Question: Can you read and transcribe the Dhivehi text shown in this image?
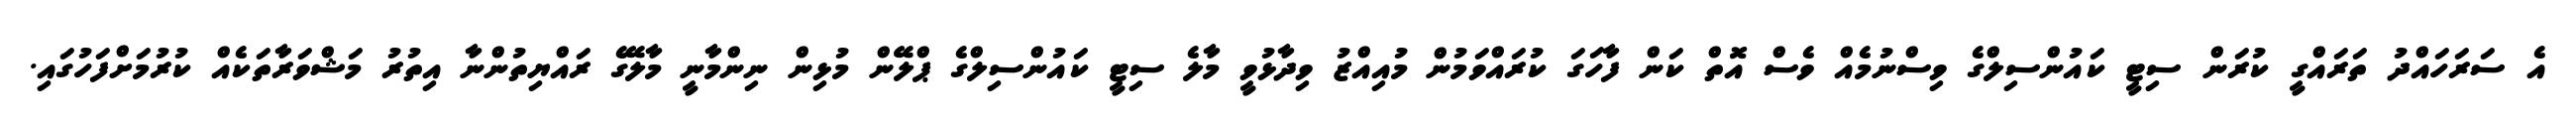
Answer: އެ ސަރަހައްދު ތަރައްގީ ކުރަން ސިޓީ ކައުންސިލްގެ ވިސްނުމެއް ވެސް އޮތް ކަން ފާހަގަ ކުރައްވަމުން މުއިއްޒު ވިދާޅުވީ މާލެ ސިޓީ ކައުންސިލްގެ ޕްލޭން މުޅިން ނިންމާނީ މާލޭގެ ރައްޔިތުންނާ އިތުރު މަޝްވަރާތަކެއް ކުރުމަށްފަހުގައި.